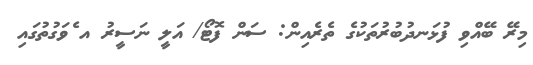
މިރޭ ބޭއްވި ފުޅަނދުބުރުތަކުގެ ތެރެއިން: ސަން ފޮޓޯ/ އަލީ ނަސީރު އ ެވަގުތުގައި